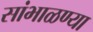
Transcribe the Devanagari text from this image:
सांभाळण्या